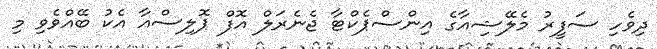
ދިވެހި ސަފީރު މެލޭޝިއާގެ އިންސްޕެކްޓާ ޖެނެރަލް އޮފް ޕޮލިސްއާ އެކު ބޭއްވެވި މި